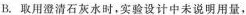
B.取用澄清石灰水时，实验设计中来说明用量，